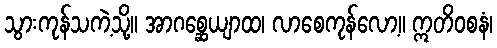
သွားကုန်သကဲ့သို့။ အာဂစ္ဆေယျာထ၊ လာစေကုန်လော့။ ဣတိဝစနံ၊